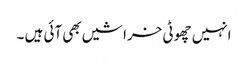
انہیں چھوٹی خراشیں بھی آئی ہیں ۔